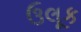
ઉલૂક